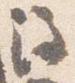
注